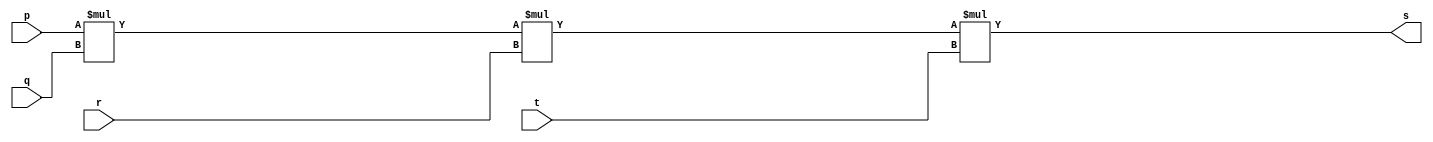
// -------------------------
// Exemplo0013 - AND
// Nome: HERBERT ALVES BATISTA
// -------------------------
// -------------------------
// -- and gate
// -------------------------
module andgate (output s,
input p,
input q,
input r,
input t);
assign s = (p*q*r*t);
endmodule // and
// ---------------------
// -- test andgate
// ---------------------
module testandgate;
// ------------------------- dados locais
reg a,b,c,d; // definir registrador
wire s; // definir conexao (fio)
// ------------------------- instancia
andgate AND1 (s, a, b, c, d);
// ------------------------- preparacao
initial begin:start
a=0; b=0; c=0; d=0;
end
// ------------------------- parte principal
initial begin:main
$display("Exemplo0013 - Herbert Alves - 461971");
$display("Test and gate");
$display("\n a b c d = s\n");
$monitor("%b %b %b %b = %b", a, b, c, d, s);
#1 a=0; b=0; c=0; d=1;
#1 a=0; b=0; c=1; d=0;
#1 a=0; b=0; c=1; d=1;
#1 a=0; b=1; c=0; d=0;
#1 a=0; b=1; c=0; d=1;
#1 a=0; b=1; c=1; d=0;
#1 a=0; b=1; c=1; d=1;
#1 a=1; b=0; c=0; d=0;
#1 a=1; b=0; c=0; d=1;
#1 a=1; b=0; c=1; d=0;
#1 a=1; b=0; c=1; d=1;
#1 a=1; b=1; c=0; d=0;
#1 a=1; b=1; c=0; d=1;
#1 a=1; b=1; c=1; d=0;
#1 a=1; b=1; c=1; d=1;
end
endmodule // testxnorgate